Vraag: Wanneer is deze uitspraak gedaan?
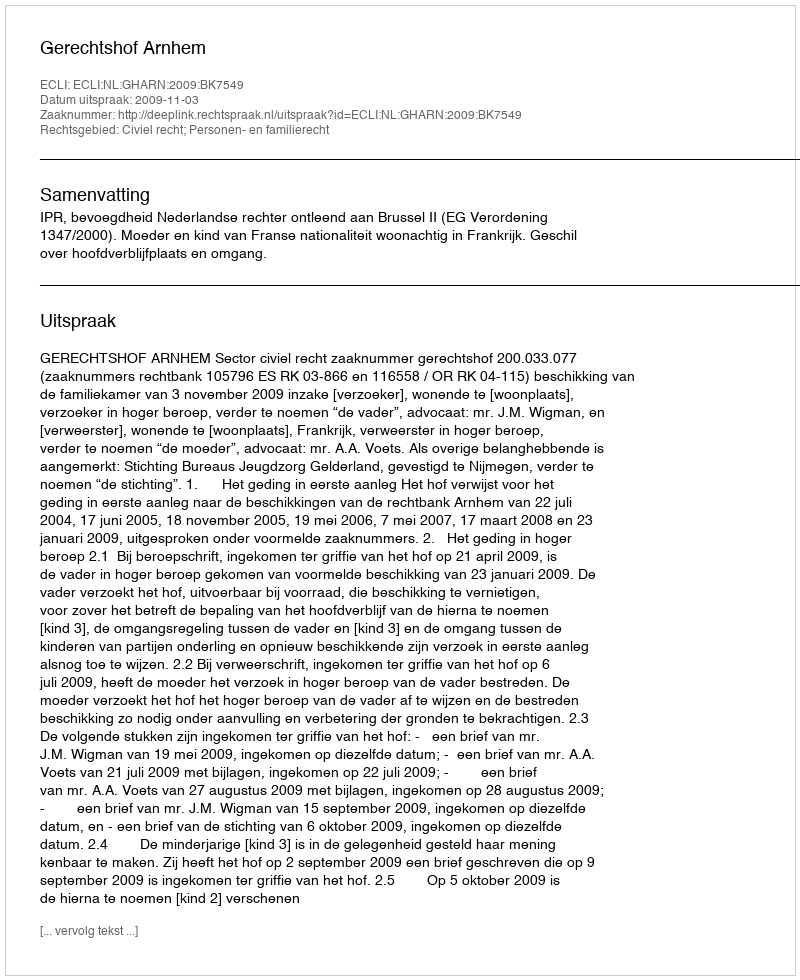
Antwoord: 2009-11-03